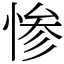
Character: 惨